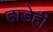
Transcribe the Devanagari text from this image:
हाडेही